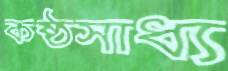
কষ্ঠসাধ্য